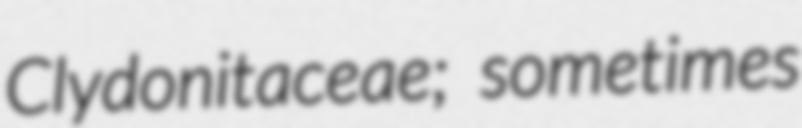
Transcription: Clydonitaceae; sometimes